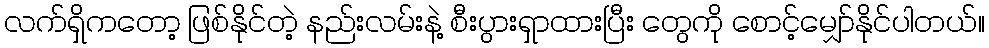
လက်ရှိကတော့ ဖြစ်နိုင်တဲ့ နည်းလမ်းနဲ့ စီးပွားရှာထားပြီး တွေကို စောင့်မျှော်နိုင်ပါတယ်။